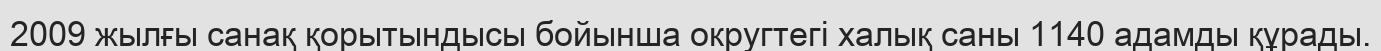
2009 жылғы санақ қорытындысы бойынша округтегі халық саны 1140 адамды құрады.